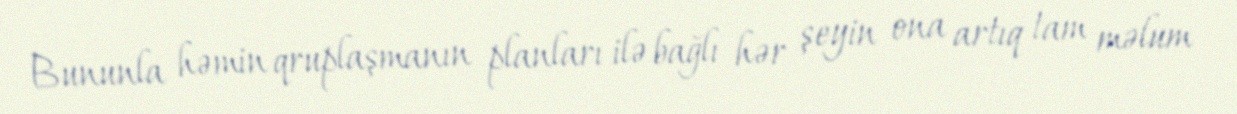
Bununla həmin qruplaşmanın planları ilə bağlı hər şeyin ona artıq tam məlum